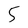
Character: 5